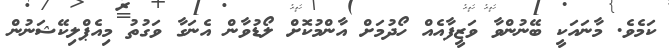
ކަމެވެ. މާނައަކީ ބޭނުންވާ ވަޒީފާއެއް ހޯދުމަށް އާންމުކޮށް ލޯޑުވާން އެނަގާ ވަގުތު މިއެޕްލިކޭޝަނުން